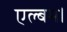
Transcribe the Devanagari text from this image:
एल्बम।